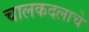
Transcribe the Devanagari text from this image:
चालकदलाचे